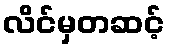
လိင်မှတဆင့်